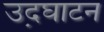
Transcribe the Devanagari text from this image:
उद़घाटन